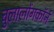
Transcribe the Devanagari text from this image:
चुलालोंगकॉर्न